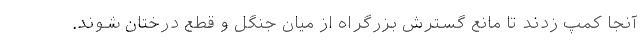
آنجا کمپ زدند تا مانع گسترش بزرگراه از میان جنگل و قطع درختان شوند.